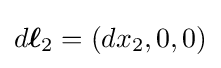
d{\boldsymbol {\ell }}_{2}=(dx_{2},0,0)